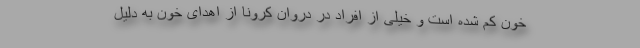
خون کم شده است و خیلی از افراد در دروان کرونا از اهدای خون به دلیل